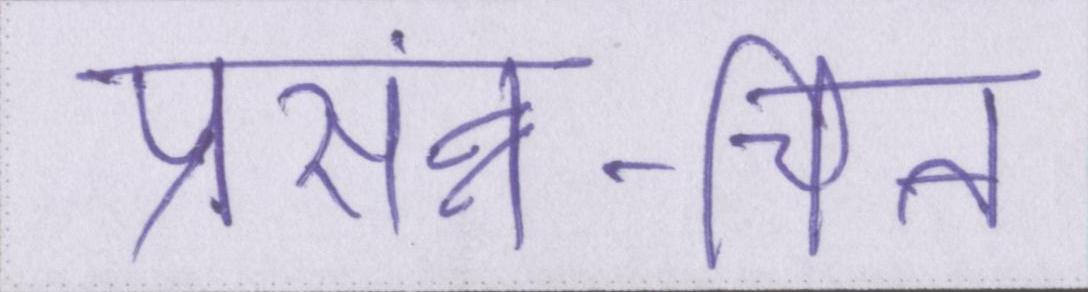
प्रसंन्न-चित्त